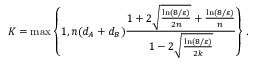
K = \operatorname* { m a x } \left\{ 1 , n ( d _ { A } + d _ { B } ) \frac { 1 + 2 \sqrt { \frac { \ln ( 8 / \varepsilon ) } { 2 n } } + \frac { \ln ( 8 / \varepsilon ) } { n } } { 1 - 2 \sqrt { \frac { \ln ( 8 / \varepsilon ) } { 2 k } } } \right\} .